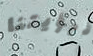
لرؤيتنا